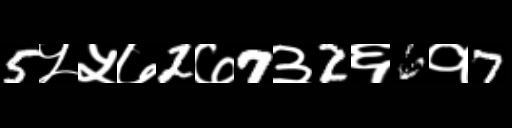
Text: 5५५७2७7३2६6१7